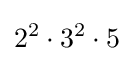
2^{2}\cdot 3^{2}\cdot 5